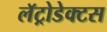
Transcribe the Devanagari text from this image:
लॅट्रोडेक्टस